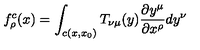
f _ { \rho } ^ { c } ( x ) = \int _ { c ( x , x _ { 0 } ) } T _ { \nu \mu } ( y ) \frac { \partial y ^ { \mu } } { \partial x ^ { \rho } } d y ^ { \nu }